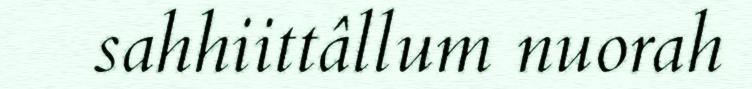
sahhiittâllum nuorah